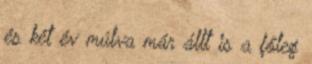
és két év múlva már állt is a főleg